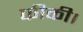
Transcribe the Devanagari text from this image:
फीकी।